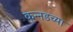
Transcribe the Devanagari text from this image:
कन्‍नडच्या